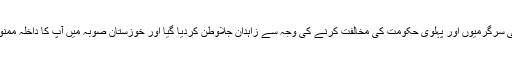
آپ کو سیاسی سرگرمیوں اور پہلوی حکومت کی مخالفت کرنے کی وجہ سے زاہدان جلاوطن کردیا گیا اور خوزستان صوبہ میں آپ کا داخلہ ممنوع کردیا گیا۔